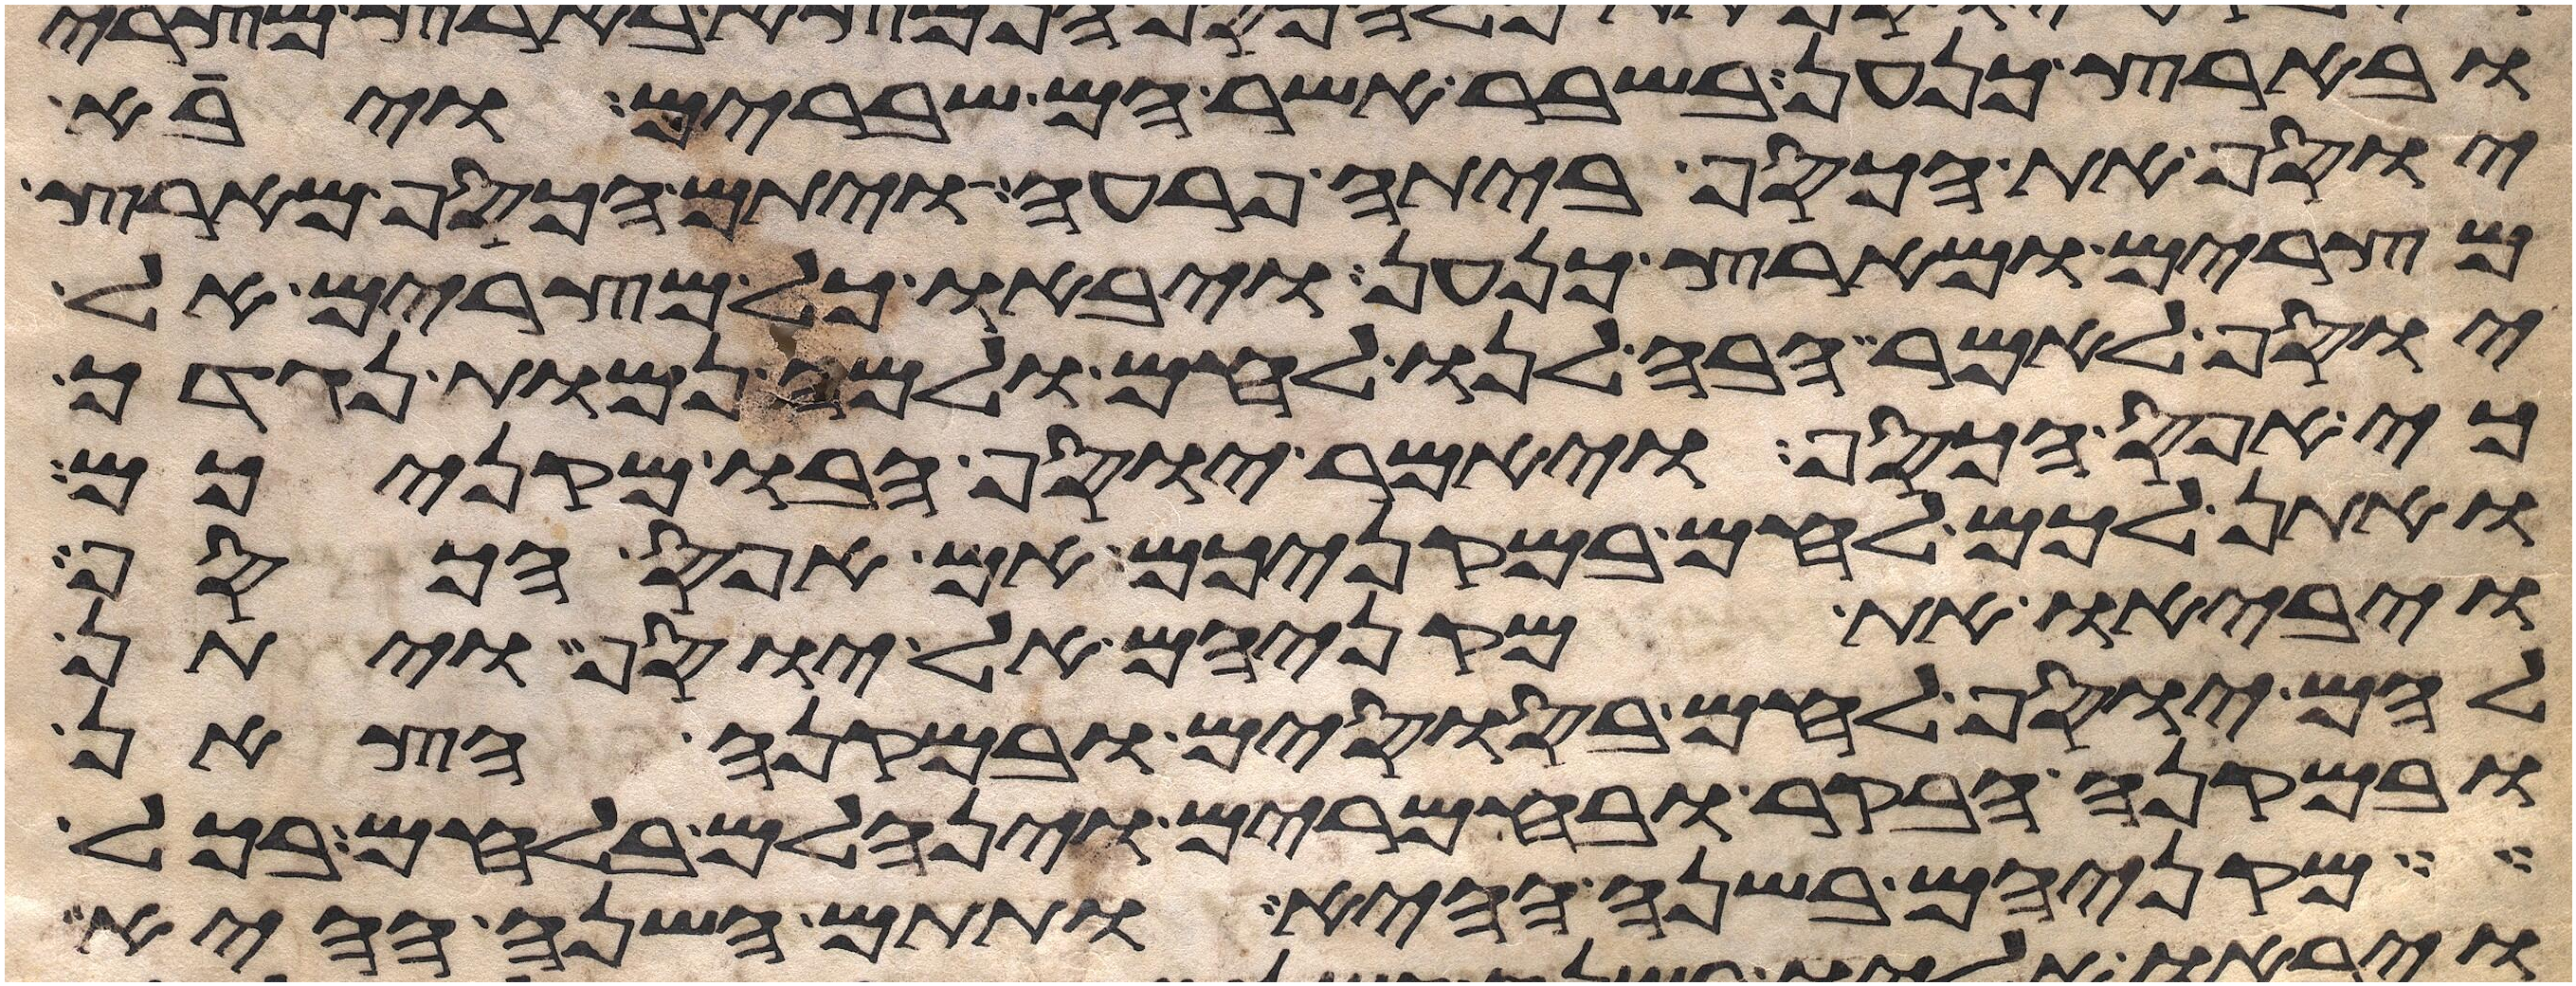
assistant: ובארץ כנען בשבר אשר הם שברים ויבא
יוסף את הכסף ביתה פרעה ויתם הכסף מארץ
מצרים ומארץ כנען ויבאו כל מצרים אל
יוסף לאמר הבה לנו לחם ולמה נמות נגדך
כי אפס הכסף ויאמר יוסף הבו מקניכם
ואתן לכם לחם במקניכם אם אפס הכסף
ויביאו את מקניהם אל יוסף ויתן
להם יוסף לחם בסוסים ובמקנה הצאן
ובמקנה הבקר ובחמרים וינחלם בלחם בכל
מקניהם בשנה ההיא ותתם השנה ההיא